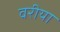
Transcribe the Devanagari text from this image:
वरीया